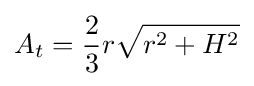
A_{t}={2 \over 3}r{\sqrt {r^{2}+H^{2}}}